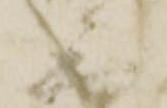
三